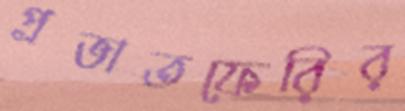
প্রভাতফেরির